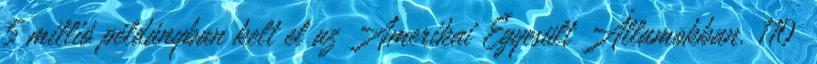
5 millió példányban kelt el az Amerikai Egyesült Államokban. 110